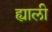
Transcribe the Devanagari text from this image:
ह्याली